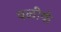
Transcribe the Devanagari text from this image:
वळींकं